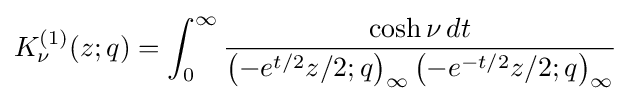
K_{\nu }^{(1)}(z;q)=\int _{0}^{\infty }{\frac {\cosh \nu \,dt}{\left(-e^{t/2}z/2;q\right)_{\infty }\left(-e^{-t/2}z/2;q\right)_{\infty }}}